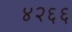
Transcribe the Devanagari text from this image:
४२६६